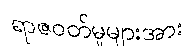
ရာဇဝတ်မှုများအား